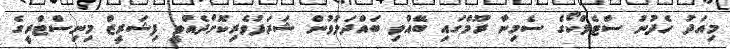
މިއަދު ހެދުނު ސްޓެލްކޯގެ ސެމިނާ ރޫމްގައި ބޭއްވި ބައްދަލުވުން ޝަރަފުވެރިކޮށްދެއްވީ ފިޝަރީޒް މިނިސްޓްރީގެ